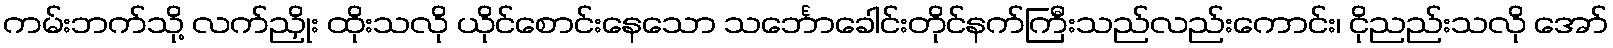
ကမ်းဘက်သို့ လက်ညှိုး ထိုးသလို ယိုင်စောင်းနေသော သင်္ဘောခေါင်းတိုင်နက်ကြီးသည်လည်းကောင်း၊ ငိုညည်းသလို အော်